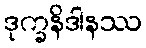
ဒုက္ခနိဒါနဿ